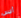
أليس